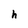
Character: h